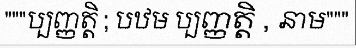
"""ប្បញ្ញត្តិ ; បឋម ប្បញ្ញត្តិ , នាម"""